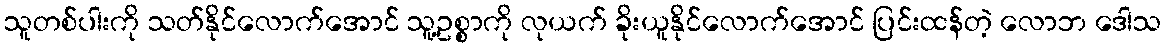
သူတစ်ပါးကို သတ်နိုင်လောက်အောင် သူ့ဥစ္စာကို လုယက် ခိုးယူနိုင်လောက်အောင် ပြင်းထန်တဲ့ လောဘ ဒေါသ